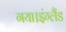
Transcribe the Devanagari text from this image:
गया।इंग्लैंड